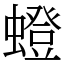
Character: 䗳